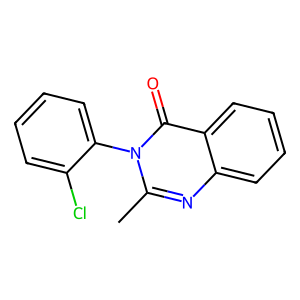
SMILES: Cc1nc2ccccc2c(=O)n1-c1ccccc1Cl
Inhibits HIV replication: No